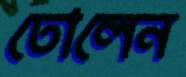
ঢোলেন